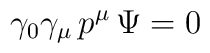
\gamma_0\gamma_\mu \, p^\mu \, \Psi = 0